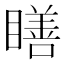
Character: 𥊳